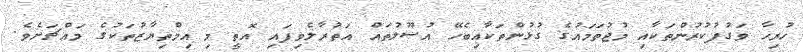
ހުރިހާ ވަގުފުކުރުންތަކާއި މުޖުތަމައުގެ ގުޅުންތަކާއިބެހޭ އުސޫލުތައް އަތުރާލެވިފައި އޮތީ މި އިމްތިޔާޒުތަކުގެ މައްޗަށެވެ.